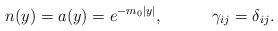
LaTeX: \begin{align*}n(y)=a(y)=e^{-m_0|y|},\ \ \ \ \ \ \ \ \ \gamma_{ij}=\delta_{ij}.\end{align*}